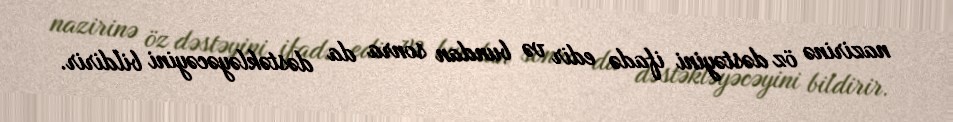
nazirinə öz dəstəyini ifadə edir və bundan sonra da dəstəkləyəcəyini bildirir.